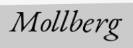
Mollberg